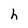
Character: h